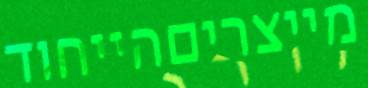
מייצריםהייחוד